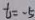
t = - 5